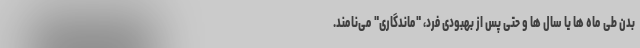
بدن طی ماه ها یا سال ها و حتی پس از بهبودی فرد، "ماندگاری" می‌نامند.